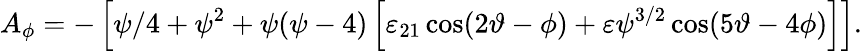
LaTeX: A_{\phi}=-\left[\psi/4+\psi^{2}+\psi(\psi-4)\left[\varepsilon_{21}\cos(2\vartheta-\phi)+\varepsilon\psi^{3/2}\cos(5\vartheta-4\phi)\right]\right].